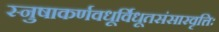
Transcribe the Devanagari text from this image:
स्नुषाकर्णवधूर्विधूतसंसारवृत्तिः